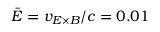
\bar { E } = v _ { E \times B } / c = 0 . 0 1